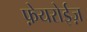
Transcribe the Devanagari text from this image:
फ़ेयरोईज़